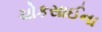
ચોકસાઈના